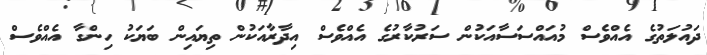
ދައުލަތުގެ އެއްވެސް މުއައްސަސާއަކުން ސަރުކާރުގެ އެއްވެސް އިދާރާއަކުން ތިޔައިން ބަޔަކު ހިންގާ އެއްވެސް